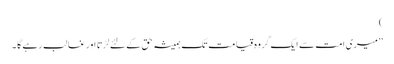
)
’’میری امت سے ایک گروہ قیامت تک ہمیشہ حق کے لئے لڑتا اور غالب رہے گا ۔